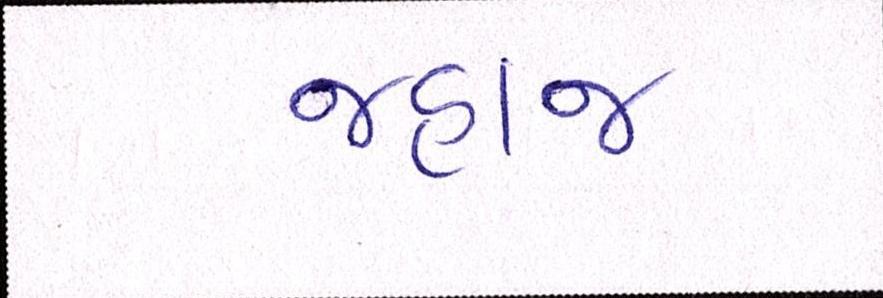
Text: જહાજ